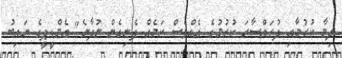
ދިމާ ކުރުމާއި ފުރައްސާރަ ކުރުމުގެ އެއްވެސް ކަމެއް ފެނިގެން ނުދާނެ" އެމްޑީޕީގެ ނައިބު